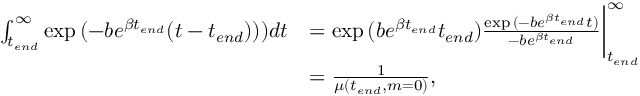
\begin{array} { r l } { \int _ { t _ { e n d } } ^ { \infty } \exp { ( - b e ^ { \beta t _ { e n d } } ( t - t _ { e n d } ) ) ) } d t } & { = \exp { ( b e ^ { \beta t _ { e n d } } t _ { e n d } ) } \frac { \exp { ( - b e ^ { \beta t _ { e n d } } t ) } } { - b e ^ { \beta t _ { e n d } } } \bigg | _ { t _ { e n d } } ^ { \infty } } \\ & { = \frac { 1 } { \mu ( t _ { e n d } , m = 0 ) } , } \end{array}